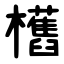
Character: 欍